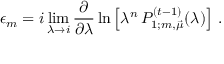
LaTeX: \epsilon _ { m } = i \operatorname * { l i m } _ { \lambda \rightarrow i } \frac { \partial } { \partial \lambda } \ln \left[ \lambda ^ { n } \, P _ { 1 ; m , \vec { \mu } } ^ { ( t - 1 ) } ( \lambda ) \right] \, .